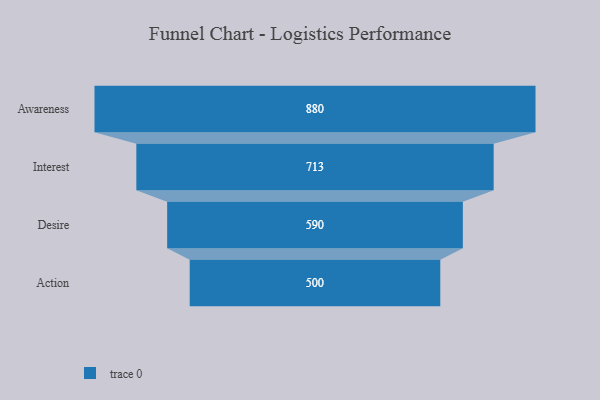
{"axis": {"x": "Stage", "y": "Value"}, "legend": [""], "data": [{"x": "Awareness", "y": 880.0, "type": ""}, {"x": "Interest", "y": 713.0, "type": ""}, {"x": "Desire", "y": 590.0, "type": ""}, {"x": "Action", "y": 500, "type": ""}]}